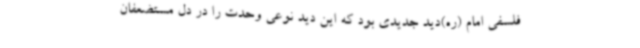
فلسفی امام (ره)دید جدیدی بود که این دید نوعی وحدت را در دل مستضعفان